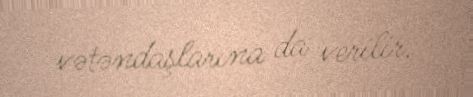
vətəndaşlarına da verilir.